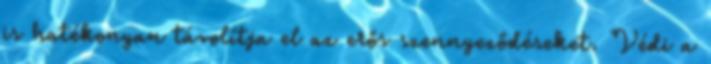
is hatékonyan távolítja el az erős szennyeződéseket. Védi a